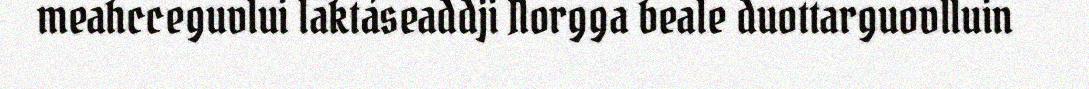
meahcceguvlui laktáseaddji Norgga beale duottarguovlluin